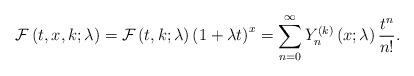
LaTeX: \begin{align*}\mathcal{F}\left( t,x,k;\lambda \right) =\mathcal{F}\left( t,k;\lambda\right) \left( 1+\lambda t\right) ^{x}=\sum_{n=0}^{\infty }Y_{n}^{\left(k\right) }\left( x;\lambda \right) \frac{t^{n}}{n!}. \end{align*}